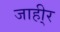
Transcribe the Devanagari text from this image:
जाही्र